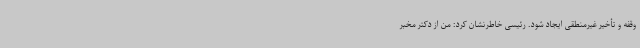
وقفه و تأخیر غیرمنطقی ایجاد شود. رئیسی خاطرنشان کرد: من از دکتر مخبر